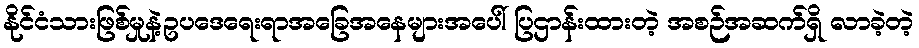
နိုင်ငံသားဖြစ်မှုနဲ့ဥပဒေရေးရာအခြေအနေများအပေါ် ပြဌာန်းထားတဲ့ အစဉ်အဆက်ရှိ လာခဲ့တဲ့